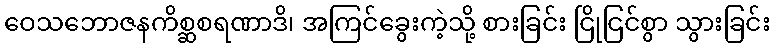
ဝေသဘောဇနကိစ္ဆစရဏာဒိ၊ အကြင်ခွေးကဲ့သို့ စားခြင်း ငြိုငြင်စွာ သွားခြင်း